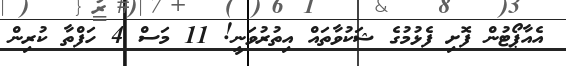
އެއާޕޯޓުން ފޮށި ފެޅުމުގެ ޝަކުވާތައް އިތުރުވަނީ! 11 މަސް 4 ހަފްތާ ކުރިން